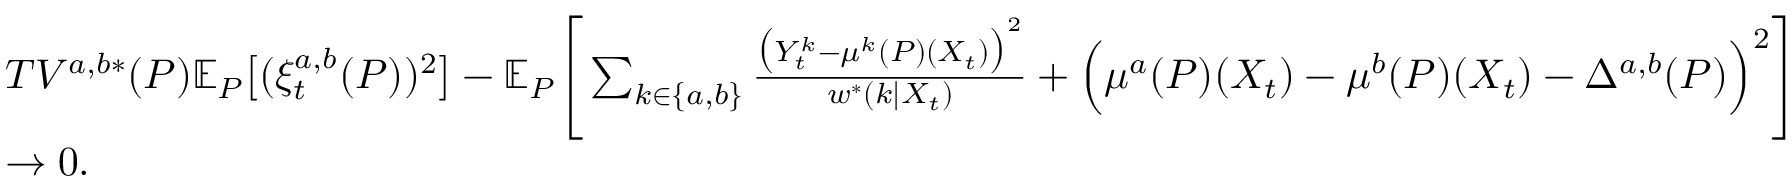
\begin{array} { r l } & { T V ^ { a , b * } ( P ) \mathbb { E } _ { P } \big [ ( \xi _ { t } ^ { a , b } ( P ) ) ^ { 2 } \big ] - \mathbb { E } _ { P } \Bigg [ \sum _ { k \in \{ a , b \} } \frac { \big ( Y _ { t } ^ { k } - \mu ^ { k } ( P ) ( X _ { t } ) \big ) ^ { 2 } } { w ^ { * } ( k | X _ { t } ) } + \Big ( \mu ^ { a } ( P ) ( X _ { t } ) - \mu ^ { b } ( P ) ( X _ { t } ) - \Delta ^ { a , b } ( P ) \Big ) ^ { 2 } \Bigg ] } \\ & { \to 0 . } \end{array}